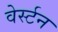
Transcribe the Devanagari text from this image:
वेर्स्टन